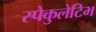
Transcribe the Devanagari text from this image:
स्पेकुलेटिभ